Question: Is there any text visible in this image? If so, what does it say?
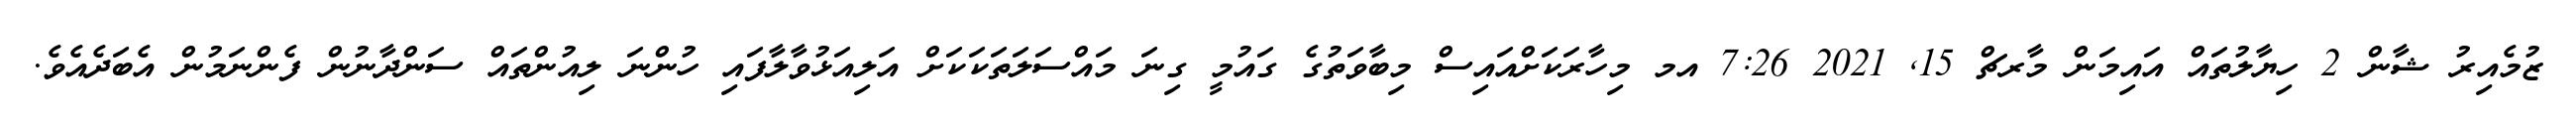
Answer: ޒުމެއިރު ޝާން 2 ހިޔާލުތައް އައިމަން މާރޗް 15, 2021 7:26 އމ މިހާރަކަށްއައިސް މިބާވަތުގެ ގައުމީ ގިނަ މައްސަލަތަކަކަށް އަލިއަޅުވާލާފައި ހުންނަ ލިއުންތައް ސަންދާނުން ފެންނަމުން އެބަދެއެވެ.